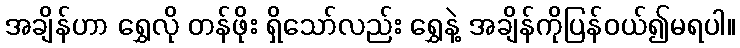
အချိန်ဟာ ရွှေလို တန်ဖိုး ရှိသော်လည်း ရွှေနဲ့ အချိန်ကိုပြန်ဝယ်၍မရပါ။